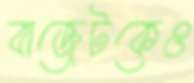
বাজেটকেও